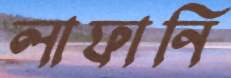
লাফানি